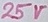
Text: 25V